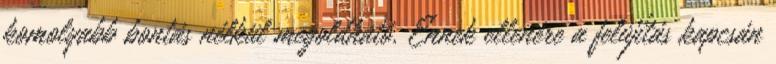
komolyabb bontás nélkül megoldható. Ennek ellenére a felújítás kapcsán